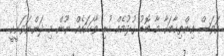
އަވަސް އިންތިޚާބަކާ މާ ބޮޑު ގުޅުމެއް ހުރި ވާހަކައެއް ނޫން މި ދަންނަވަނީކީ.